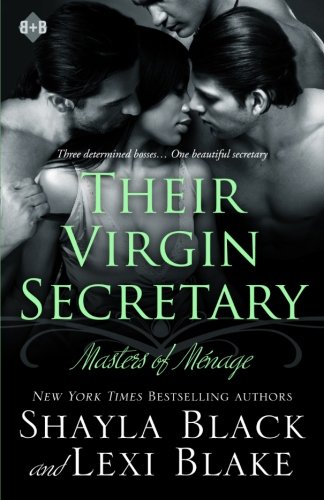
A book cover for Their Virgin Secretary  (Masters of Menage) (Volume 6); Shayla Black; Romance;